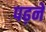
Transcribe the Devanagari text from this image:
पढ़नें